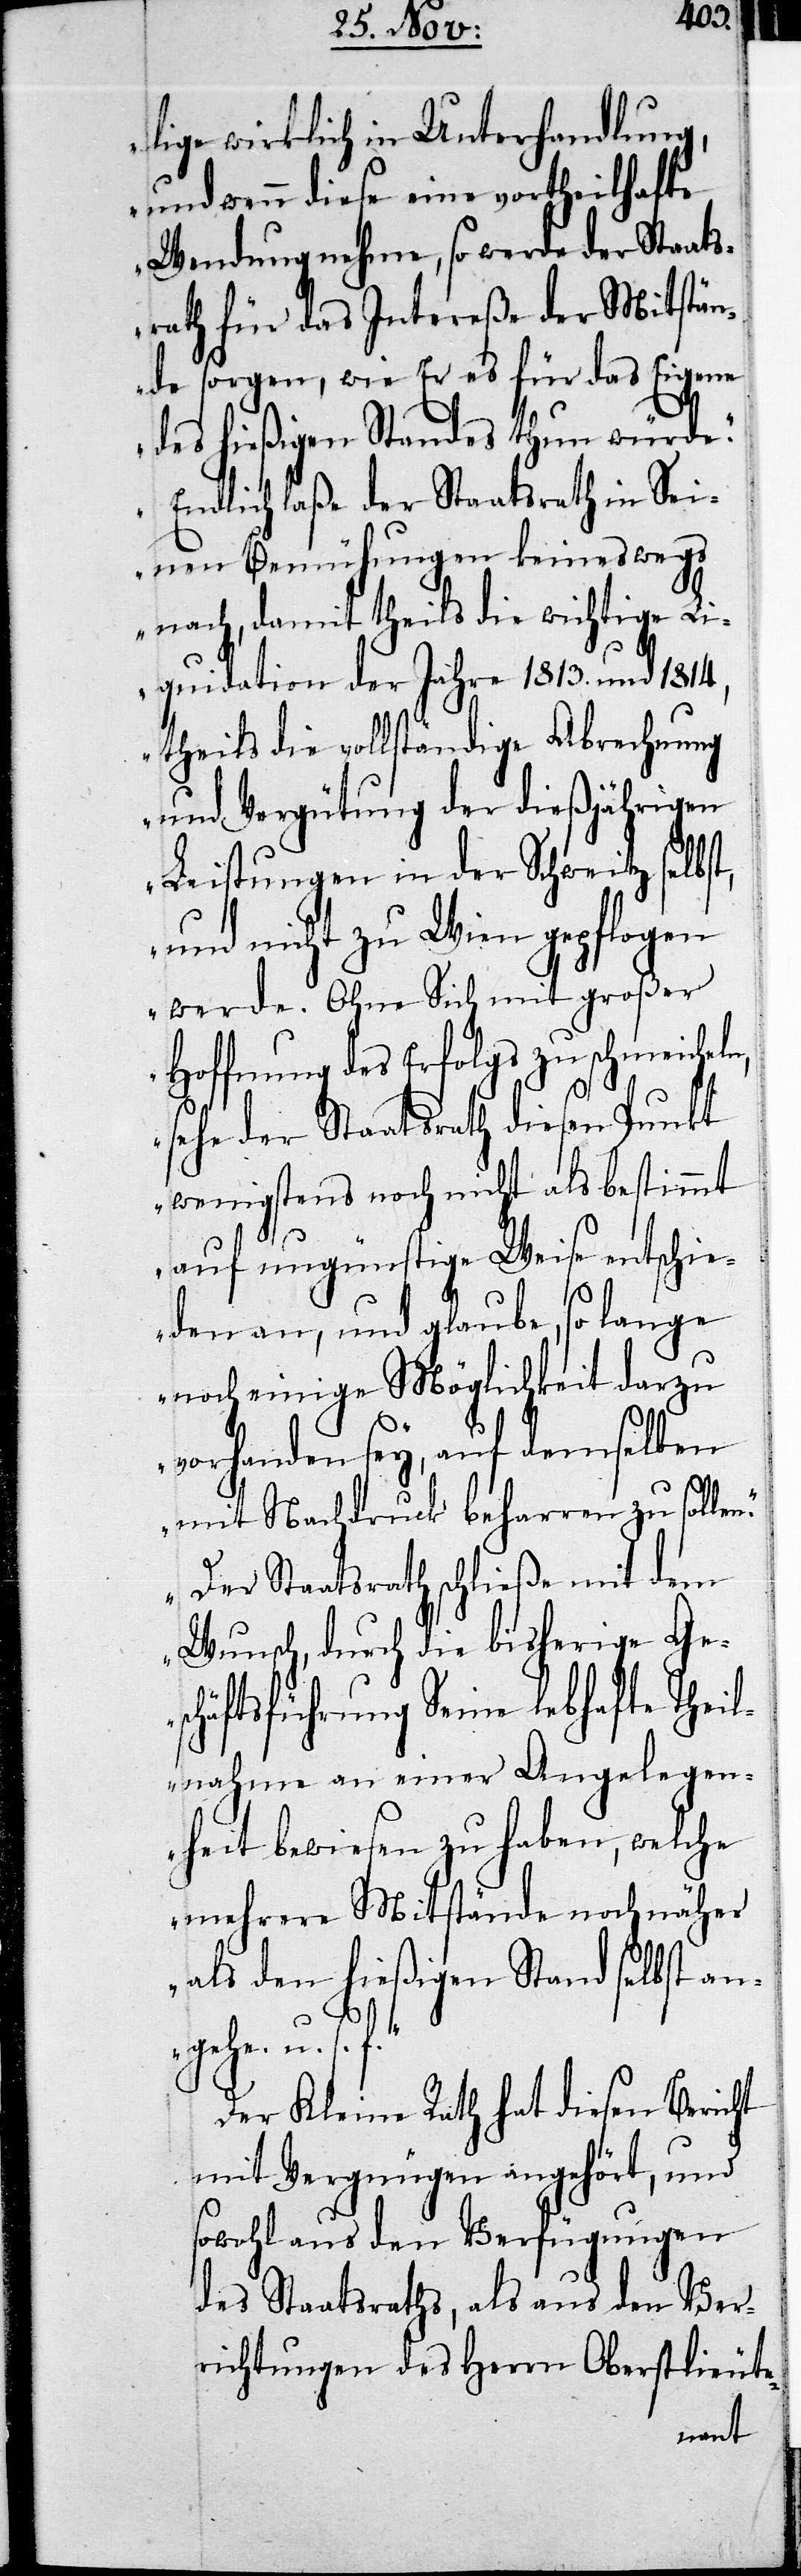
lige wirklich in Unterhandlung,
und wenn diese eine vortheilhafte
Wendung nehme, so werde der Staats¬
rath für das Intereße der Mitstän¬
de sorgen, wie Er es für das Eigene
des hießigen Standes thun würde.
Endlich laße der Staatsrath in Sei¬
nen Bemühungen keineswegs
nach, damit theils die wichtige Li¬
quidation der Jahre 1813. und 1814,
theils die vollständige Abrechnung
und Vergütung der dießjährigen
Leistungen in der Schweitz selbst,
und nicht zu Wien gepflogen
werde. Ohne Sich mit großer
Hoffnung des Erfolgs zu schmei¬
sehe der Staatsrath diesen Punkt
wenigstens noch nicht als bestimmt
auf ungünstige Weise entschie¬
den an, und glaube, so lange
noch einige Möglichkeit darzu
vorhanden sey, auf demselben
mit Nachdruck beharren zu sollen.
Der Staatsrath schließe mit dem
Wunsch, durch die bisherige Ge¬
schäftsführung Seine lebhafte Theil¬
nahme an einer Angelegen¬
heit bewiesen zu haben, welche
mehrere Mitstände noch näher
als den hießigen Stand selbst an¬
gehe u. s.
Der Kleine Rath hat diesen Bericht
mit Vergnügen angehört, und
sowohl aus den Verfügungen
des Staatsraths, als aus den Ver¬
richtungen des Herrn Oberstlieute-